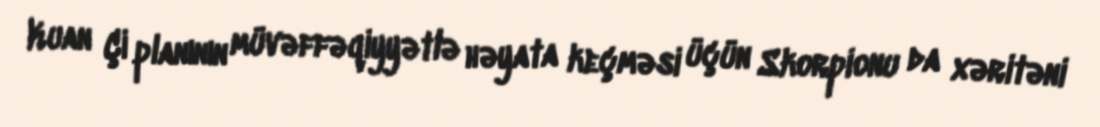
Kuan Çi planının müvəffəqiyyətlə həyata keçməsi üçün Skorpionu da xəritəni